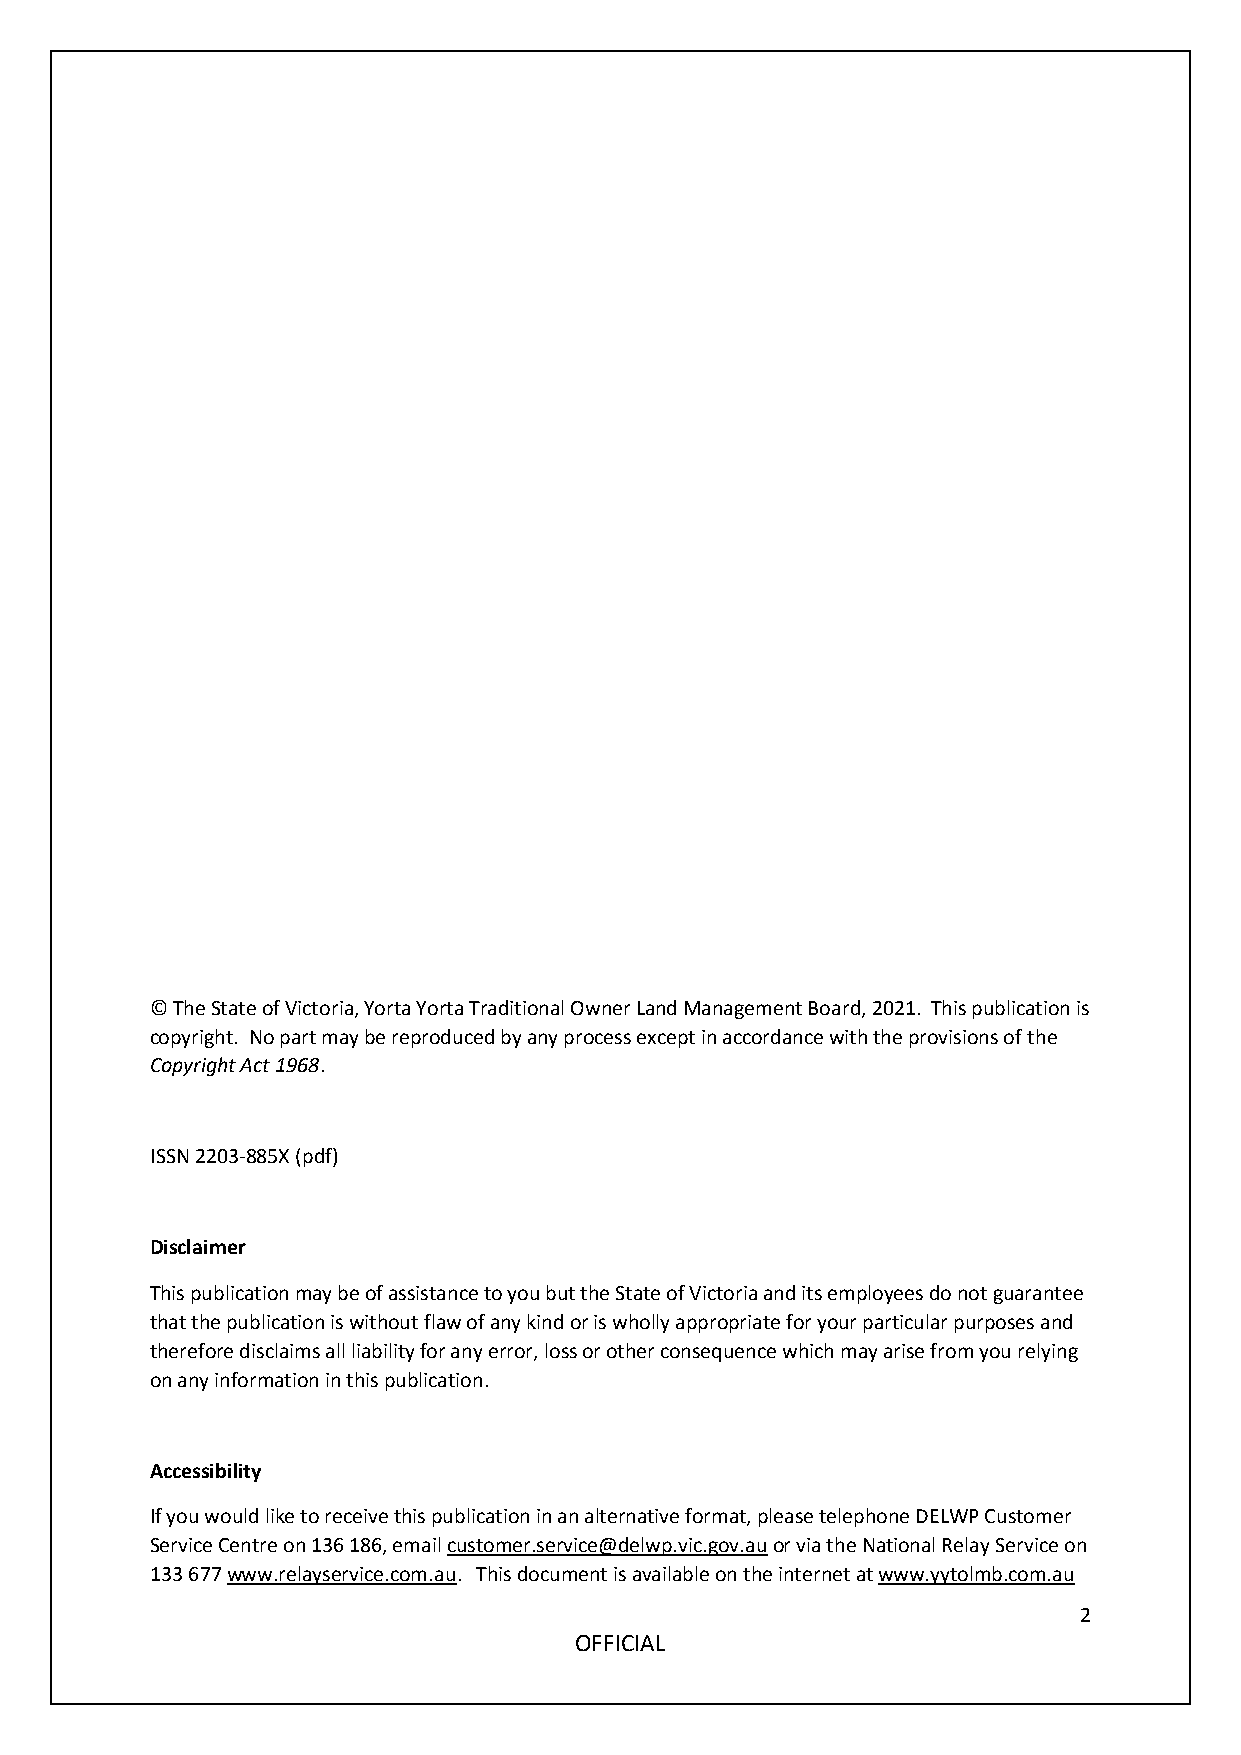
© The State of Victoria, Yorta Yorta Traditional Owner Land Management Board, 2021. This publication is
 copyright. No part may be reproduced by any process except in accordance with the provisions of the
 Copyright Act 1968.
 ISSN 2203-885X (pdf)
 Disclaimer
 This publication may be of assistance to you but the State of Victoria and its employees do not guarantee
 that the publication is without flaw of any kind or is wholly appropriate for your particular purposes and
 therefore disclaims all liability for any error, loss or other consequence which may arise from you relying
 on any information in this publication.
 Accessibility
 If you would like to receive this publication in an alternative format, please telephone DELWP Customer
 Service Centre on 136 186, email customer.service@delwp.vic.gov.au or via the National Relay Service on
 133 677 www.relayservice.com.au. This document is available on the internet at www.yytolmb.com.au
 2
 OFFICIAL